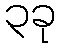
၃ခု